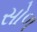
સોળ